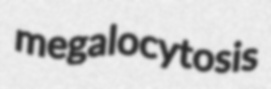
megalocytosis